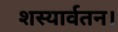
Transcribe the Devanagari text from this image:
शस्यार्वतन।